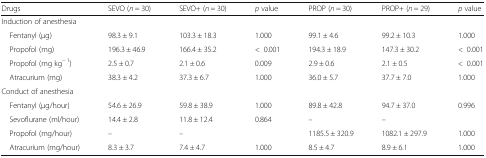
<table><thead><tr><td><b>Drugs</b></td><td><b>SEVO (<i>n</i> = 30)</b></td><td><b>SEVO+ (<i>n</i> = 30)</b></td><td><b><i>p</i> value</b></td><td><b>PROP (<i>n</i> = 30)</b></td><td><b>PROP+ (<i>n</i> = 29)</b></td><td><b><i>p</i> value</b></td></tr></thead><tbody><tr><td colspan="7">Induction of anesthesia</td></tr><tr><td> Fentanyl (μg)</td><td>98.3 ± 9.1</td><td>103.3 ± 18.3</td><td>1.000</td><td>99.1 ± 4.6</td><td>99.2 ± 10.3</td><td>1.000</td></tr><tr><td> Propofol (mg)</td><td>196.3 ± 46.9</td><td>166.4 ± 35.2</td><td>&lt;0.001</td><td>194.3 ± 18.9</td><td>147.3 ± 30.2</td><td>&lt;0.001</td></tr><tr><td> Propofol (mg kg<sup>− 1</sup>)</td><td>2.5 ± 0.7</td><td>2.1 ± 0.6</td><td>0.009</td><td>2.9 ± 0.6</td><td>2.1 ± 0.5</td><td>&lt;0.001</td></tr><tr><td> Atracurium (mg)</td><td>38.3 ± 4.2</td><td>37.3 ± 6.7</td><td>1.000</td><td>36.0 ± 5.7</td><td>37.7 ± 7.0</td><td>1.000</td></tr><tr><td colspan="7">Conduct of anesthesia</td></tr><tr><td> Fentanyl (μg/hour)</td><td>54.6 ± 26.9</td><td>59.8 ± 38.9</td><td>1.000</td><td>89.8 ± 42.8</td><td>94.7 ± 37.0</td><td>0.996</td></tr><tr><td> Sevoflurane (ml/hour)</td><td>14.4 ± 2.8</td><td>11.8 ± 12.4</td><td>0.864</td><td>–</td><td>–</td><td></td></tr><tr><td> Propofol (mg/hour)</td><td>–</td><td>–</td><td></td><td>1185.5 ± 320.9</td><td>1082.1 ± 297.9</td><td>1.000</td></tr><tr><td> Atracurium (mg/hour)</td><td>8.3 ± 3.7</td><td>7.4 ± 4.7</td><td>1.000</td><td>8.5 ± 4.7</td><td>8.9 ± 6.1</td><td>1.000</td></tr></tbody></table>